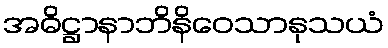
အဓိဋ္ဌာနာဘိနိဝေသာနုသယံ